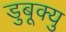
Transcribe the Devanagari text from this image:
डुबूक्यु